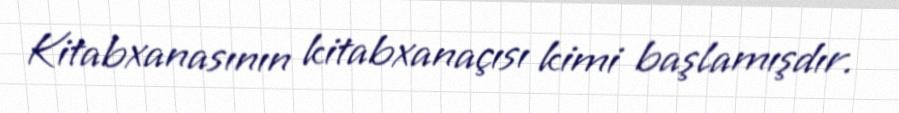
Kitabxanasının kitabxanaçısı kimi başlamışdır.